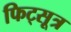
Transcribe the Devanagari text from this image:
फिट्सूत्र